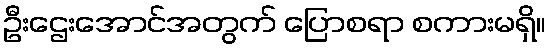
ဦးဌေးအောင်အတွက် ပြောစရာ စကားမရှိ။